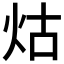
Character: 𤇌